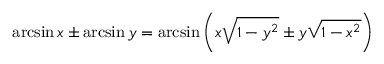
\arcsin x \pm \arcsin y = \arcsin \left( x { \sqrt { 1 - y ^ { 2 } } } \pm y { \sqrt { 1 - x ^ { 2 } } } \right)